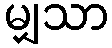
မျှသာ